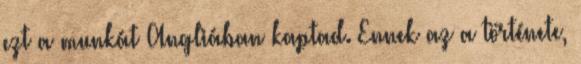
ezt a munkát Angliában kaptad. Ennek az a története,